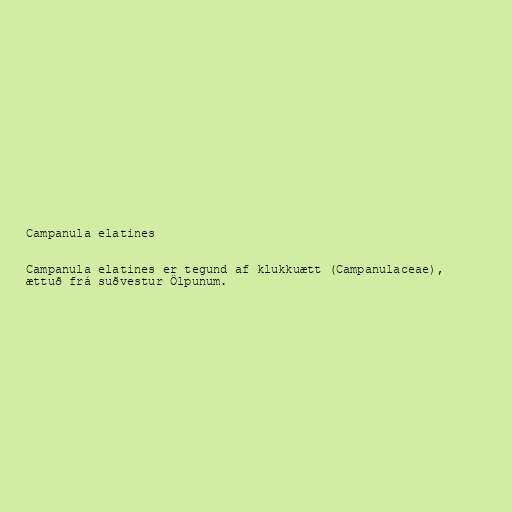
Campanula elatines

Campanula elatines er tegund af klukkuætt (Campanulaceae),
ættuð frá suðvestur Ölpunum.